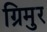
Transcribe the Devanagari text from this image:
ग्रिमुर